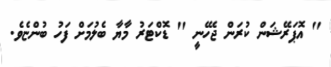
'' އޮޕަރޭޝަން ކުރަން ޖެހޭނީ '' ޑޮކްޓަރު މާޔާ ބެލުމަށް ފަހު ބުންޏެވެ.